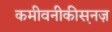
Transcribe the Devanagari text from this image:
कमीवनीकीस़नज़